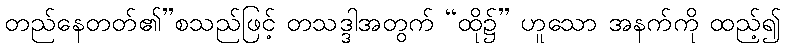
တည်နေတတ်၏”စသည်ဖြင့် တသဒ္ဒါအတွက် “ထို၌” ဟူသော အနက်ကို ထည့်၍